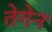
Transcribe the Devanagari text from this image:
तेगेन